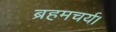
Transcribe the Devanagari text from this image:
ब्रहमचर्य।